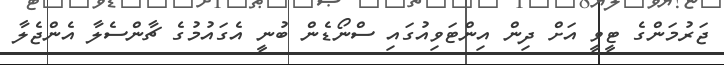
ޖަރުމަންގެ ޓީވީ އަށް ދިން އިންޓަވިއުގައި ސްނޯޑެން ބުނީ އެގައުމުގެ ޗާންސެލާ އެންޖެލާ